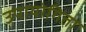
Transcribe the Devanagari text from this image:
उपायोगिता